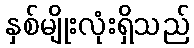
နှစ်မျိုးလုံးရှိသည်